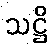
သဋ္ဌိ